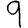
Digit: 9